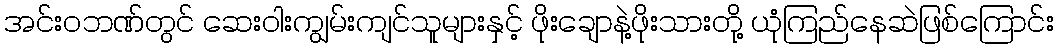
အင်းဝဘဏ်တွင် ဆေးဝါးကျွမ်းကျင်သူများနှင့် ဖိုးချောနဲ့ဖိုးသားတို့ ယုံကြည်နေဆဲဖြစ်ကြောင်း